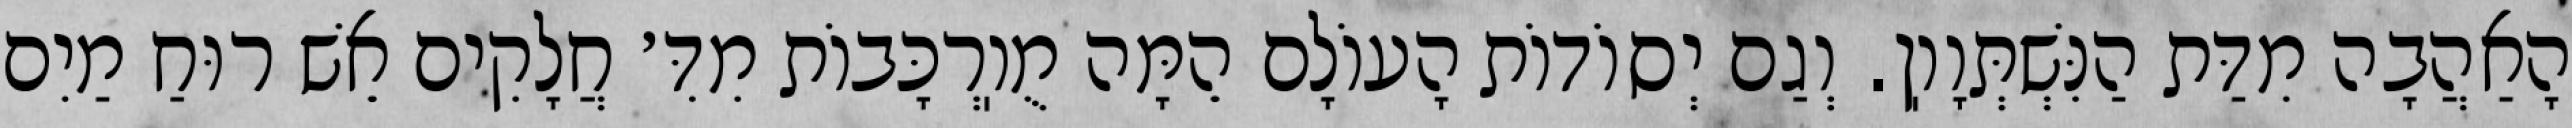
הָאַהֲבָה מִדַּת הַנִּשְׁתְּוָוֽן. וְגַם יְסוֹדוֹת הָעוֹלָם הֵמָּה מֻוֽרְכָּבוֹת מִדִּ׳ חֲלָקִים אֵשׁ רוּחַ מַיִם